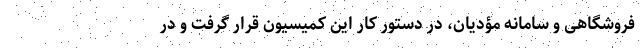
فروشگاهی و سامانه مؤدیان، در دستور کار این کمیسیون قرار گرفت و در